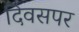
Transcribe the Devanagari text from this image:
दिवसपर